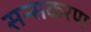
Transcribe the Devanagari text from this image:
सन्सकरण